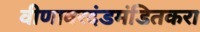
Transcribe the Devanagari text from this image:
वीणावरदंडमंडितकरा